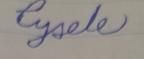
Signature authenticity: forged